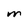
Character: M